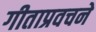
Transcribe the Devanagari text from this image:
गीताप्रवचने